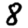
Digit: 8